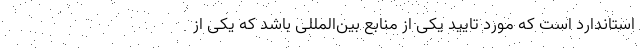
استاندارد است که مورد تایید یکی از منابع بین‌المللی باشد که یکی از